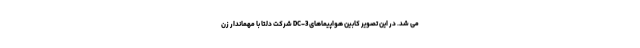
می شد. در این تصویر کابین هواپیماهای DC-3 شرکت دلتا با مهماندار زن